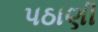
પઠાણી